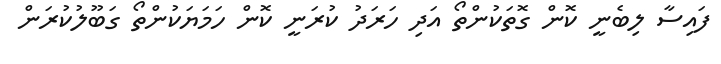
ފައިސާ ލިބެނީ ކޮން ގޮތަކުންތޯ އަދި ހަރަދު ކުރަނީ ކޮން ހަމަޔަކުންތޯ ގަބޫލުކުރަން